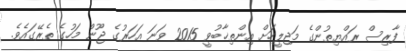
ފާރިސް ރައްޔިތުންގެ މަޖިލީހަށް އިންތިޚާބުވީ 2015 ވަނަ އަހަރުގެ ޖޫން މަހުގެ ތެރޭގައެވެ.